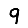
Digit: 9